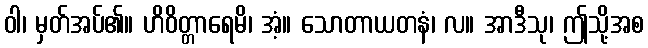
ဝါ၊ မှတ်အပ်၏။ ဟိဝိတ္တာရေမိ၊ အံ့။ သောတာယတနံ၊ လ။ အာဒီသု၊ ဤသို့အစ